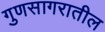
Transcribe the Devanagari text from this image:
गुणसागरातील